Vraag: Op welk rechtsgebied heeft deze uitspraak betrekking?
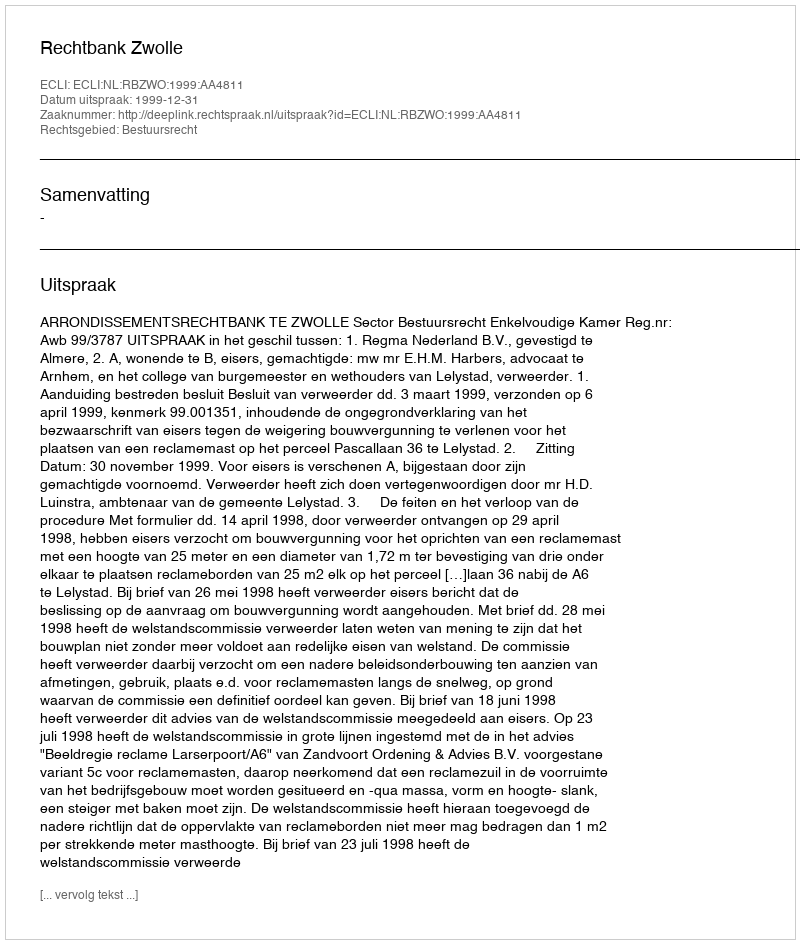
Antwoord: Bestuursrecht